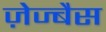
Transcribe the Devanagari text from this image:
ज़ेज्बैस